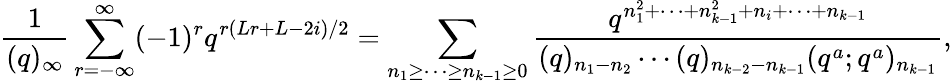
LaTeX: \frac{1}{(q)_{\infty}}\sum_{r=-\infty}^{\infty}(-1)^{r}q^{r(Lr+L-2i)/2}=\displaystyle\sum_{n_{1}\geq\cdots\geq n_{k-1}\geq 0}\frac{q^{n_{1}^{2}+\cdots+n_{k-1}^{2}+n_{i}+\cdots+n_{k-1}}}{(q)_{n_{1}-n_{2}}\cdots(q)_{n_{k-2}-n_{k-1}}(q^{a};q^{a})_{n_{k-1}}},